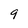
Character: 9